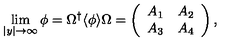
\lim _ { | y | \rightarrow \infty } \phi = \Omega ^ { \dagger } \langle \phi \rangle \Omega = \left( \begin{array} { c c } { A _ { 1 } } & { A _ { 2 } } \\ { A _ { 3 } } & { A _ { 4 } } \\ \end{array} \right) ,